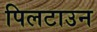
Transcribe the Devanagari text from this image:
पिलटाउन